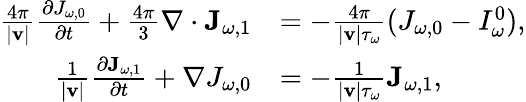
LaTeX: \begin{array}{rl}{\frac{4\pi}{|\mathbf v|}\frac{\partial J_{\omega,0}}{\partial t}+\frac{4\pi}{3}\nabla\cdot\mathbf J_{\omega,1}}&{=-\frac{4\pi}{|\mathbf v|\tau_{\omega}}(J_{\omega,0}-I_{\omega}^{0}),}\\ {\frac{1}{|\mathbf v|}\frac{\partial\mathbf J_{\omega,1}}{\partial t}+\nabla J_{\omega,0}}&{=-\frac{1}{|\mathbf v|\tau_{\omega}}\mathbf J_{\omega,1},}\end{array}